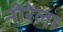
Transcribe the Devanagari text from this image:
नीरेला